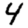
Digit: 4